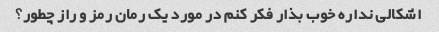
اشکالی نداره خوب بذار فکر کنم در مورد یک رمان رمز و راز چطور؟